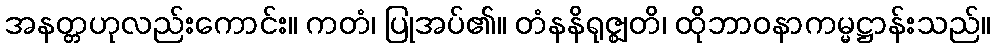
အနတ္တဟုလည်းကောင်း။ ကတံ၊ ပြုအပ်၏။ တံနနိရုဇ္ဈတိ၊ ထိုဘာဝနာကမ္မဋ္ဌာန်းသည်။